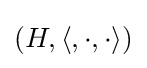
\left(H,\left\langle ,\cdot ,\cdot \right\rangle \right)